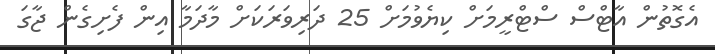
އެގޮތުން އާޓްސް ސްޓްރީމަށް ކިޔެވުމަށް 25 ދަރިވަރަކަށް މާދަމާ އިން ފެށިގެން ޖާގަ